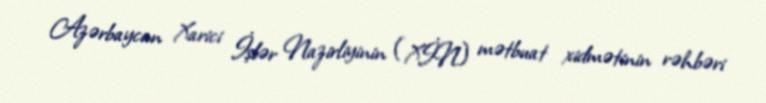
Azərbaycan Xarici İşlər Nazirliyinin (XİN) mətbuat xidmətinin rəhbəri